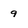
Character: 9